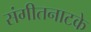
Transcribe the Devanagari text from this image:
संगीतनाटके